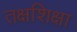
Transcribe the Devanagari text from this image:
तक्षशिक्षा